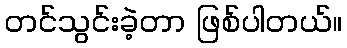
တင်သွင်းခဲ့တာ ဖြစ်ပါတယ်။